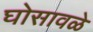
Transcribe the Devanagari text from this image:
घोसावळे